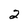
Character: 2